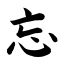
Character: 忘